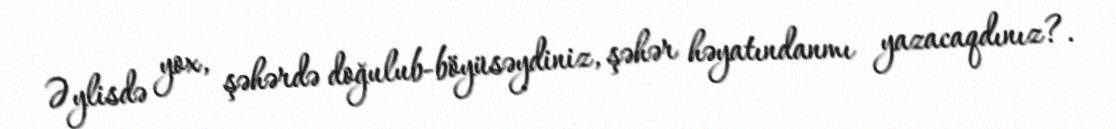
Əylisdə yox, şəhərdə doğulub-böyüsəydiniz, şəhər həyatındanmı yazacaqdınız?.